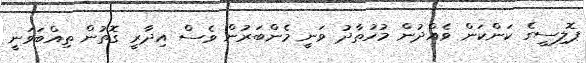
ޕޮލިސީގެ ކަންކަން ވެއްދުން މުހުތާދު ވަނީ މެންބަރުން ވެސް އިދާރީ ގޮތުން ތިއްބަވަނީ